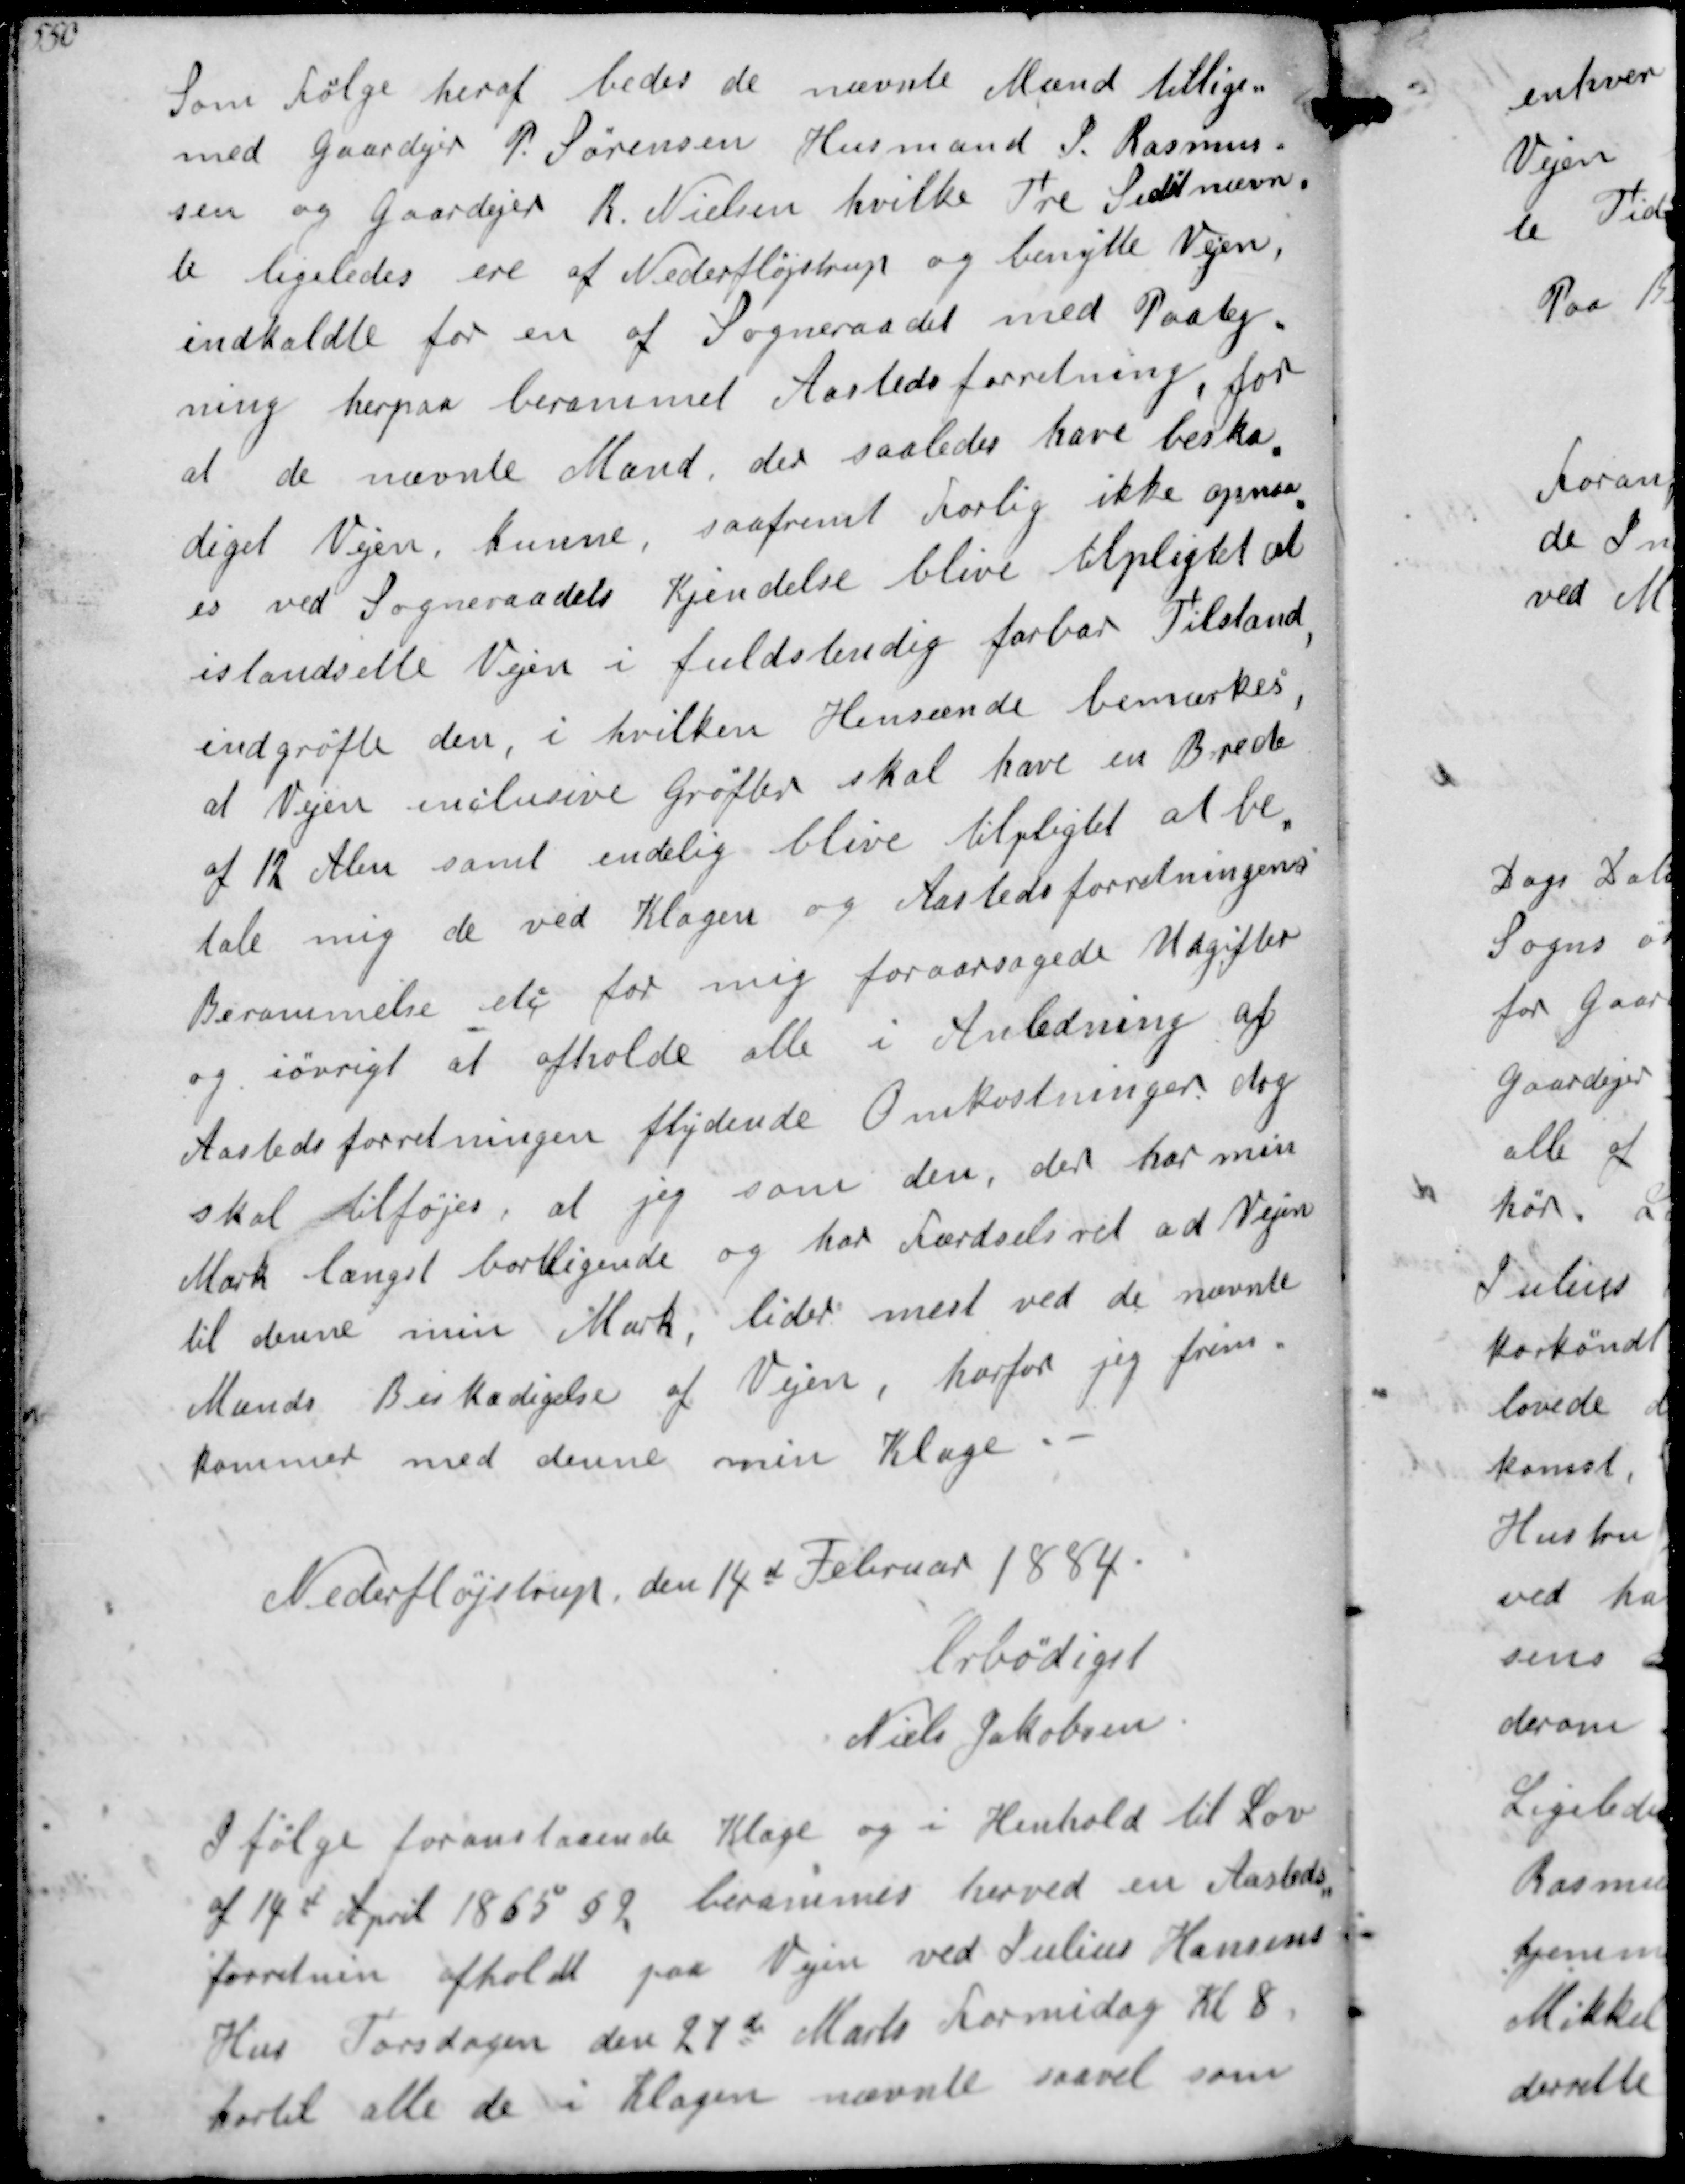
Transskription:
Som Følge heraf bedes de nævnte Mænd tillige
med Gaardejer P Sørensen Husmand J Rasmus-
sen og Gaardejer R Nielsen hvilke Tre Sidstnævn-
te ligeledes er af Nederfløjstrup og benytte Vejen,
indkaldte for en af Sogneraadet med Paateg-
ning herpaa berammet Aasteds forretning, for
at de nævnte Mænd der saaledes har beska-
diget Vejen kunne saafremt Forlig ikke opnaa-
es ved Sogneraadets Kjendelse blive tilpligtet at
istandsætte Vejen i fuldstændig farbar Tilstand,
indgrøfte den, i hvilken Henseende bemærkes
at Vejen  inclusive Grøfter skal have en Brede
af 12 Alen samt endelig blive tilpligtet at be-
tale mig de ved Klagen og Aasteds forretninges
Berammelse etc. for mig foraarsagede Udgifter
og iøvrigt at afholde alle i Anledning af
Aasteds forretningen flydende Omkostninger dog
skal tilføjes, at jeg som den, der har min
Mark længst bortliggende og har Færdselsret ad Vejen
til denne min Mark, lider mest ved de nævnte
Mænds Beskadigelse af Vejen, hvorfor jeg frem-
kommer med denne min Klage

Nederfløjstrup, den 14d Februar 1884
Erbødigst
Niels Jakobsen

Ifølge foranstaaende Klage og i Henhold til Lov
af 14d April 1865 § 9, berammes herved en Aasteds-
forretnin afholdt paa Vejen ved Julius Hansens 
Hus Torsdagen den 27d Marts Formiddag Kl. 8
hortil alle de i Klagennævnte saavel som